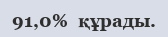
91,0%  құрады.